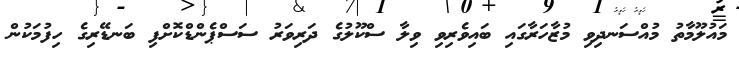
މައުލޫމާތު މުއްސަނދިވި މުޒާހަރާގައި ބައިވެރިވި ވިލާ ސްކޫލުގެ ދަރިވަރު ސަސްޕެންޑްކޮށްފި ބަނޑޭރިގެ ހިފުމަކުން